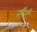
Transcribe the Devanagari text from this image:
सौर्ट